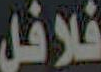
فلافل